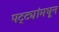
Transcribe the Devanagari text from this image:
पट्ट्यांमधून